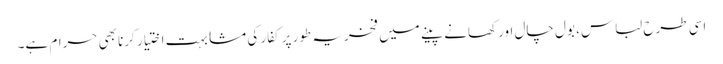
اسی طرح لباس، بول چال اور کھانے پینے میں فخریہ طور پر کفار کی مشابہت اختیار کرنا بھی حرام ہے۔